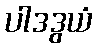
ပါဒဒွယံ